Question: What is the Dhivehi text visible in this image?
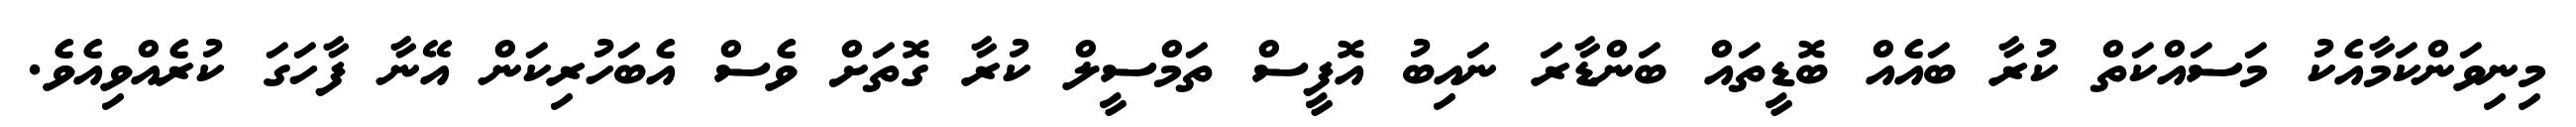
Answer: މިނިވަންކަމާއެކު މަސައްކަތް ކުރާ ބައެއް ބޮޑީތައް ބަންޑާރަ ނައިބު އޮފީސް ތަމްސީލް ކުރާ ގޮތަށް ވެސް އެބަހުރިކަން އޭނާ ފާހަގަ ކުރެއްވިއެވެ.